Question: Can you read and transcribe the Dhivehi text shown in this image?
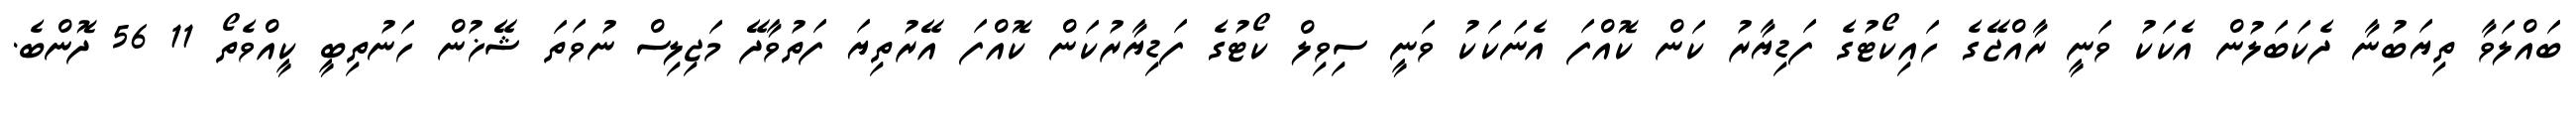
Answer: ބައްލަވާ ތިޔަބުނާ ދެކަބަލުން އެކަކު ވަނީ ރާއްޖޭގެ ހައިކޯޓުގެ ފަޑިޔާރު ކަން ކޮއްފަ އެނަކަކު ވަނީ ސިވިލް ކޯޓުގެ ފަޑިޔާރުކަން ކޮއްފަ އޭރުތިޔަ ފަތުވާދޭ މަޖިލިސް ނުވަތަ ޝޭޚުން ހަނުތިބީ ކީއްވެތޯ 11 56 ދޮންބެ.